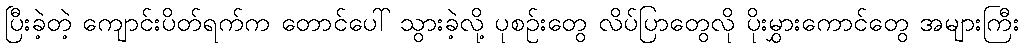
ပြီးခဲ့တဲ့ ကျောင်းပိတ်ရက်က တောင်ပေါ် သွားခဲ့လို့ ပုစဉ်းတွေ လိပ်ပြာတွေလို ပိုးမွှားကောင်တွေ အများကြီး